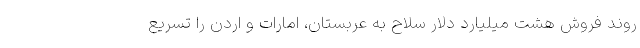
روند فروش هشت میلیارد دلار سلاح به عربستان، امارات و اردن را تسریع